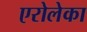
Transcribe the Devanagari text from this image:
एरोलेका